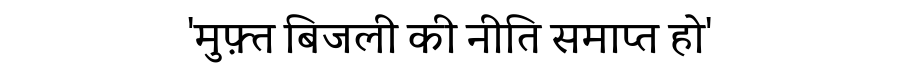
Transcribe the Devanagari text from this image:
'मुफ़्त बिजली की नीति समाप्त हो'